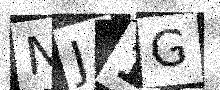
Text: NJ1G